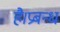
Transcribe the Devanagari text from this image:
है।प्रबन्ध